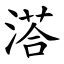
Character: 溚